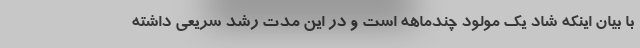
با بیان اینکه شاد یک مولود چندماهه است و در این مدت رشد سریعی داشته